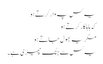
یہ کس پہ وار کرتے ہو
کہ ہاہاکار کرتے ہو
مگر یہ بھول جاتے ہو
یہ کس سے جنگ چھیڑی ہے۔